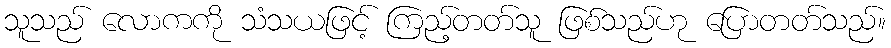
သူသည် လောကကို သံသယဖြင့် ကြည့်တတ်သူ ဖြစ်သည်ဟု ပြောတတ်သည်။